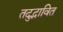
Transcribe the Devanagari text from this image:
तदुद्भावित